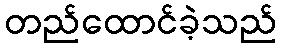
တည်ထောင်ခဲ့သည်